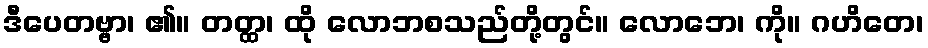
ဒီပေတဗ္ဗာ၊ ၏။ တတ္ထ၊ ထို လောဘစသည်တို့တွင်။ လောဘေ၊ ကို။ ဂဟိတေ၊